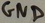
Text: GND